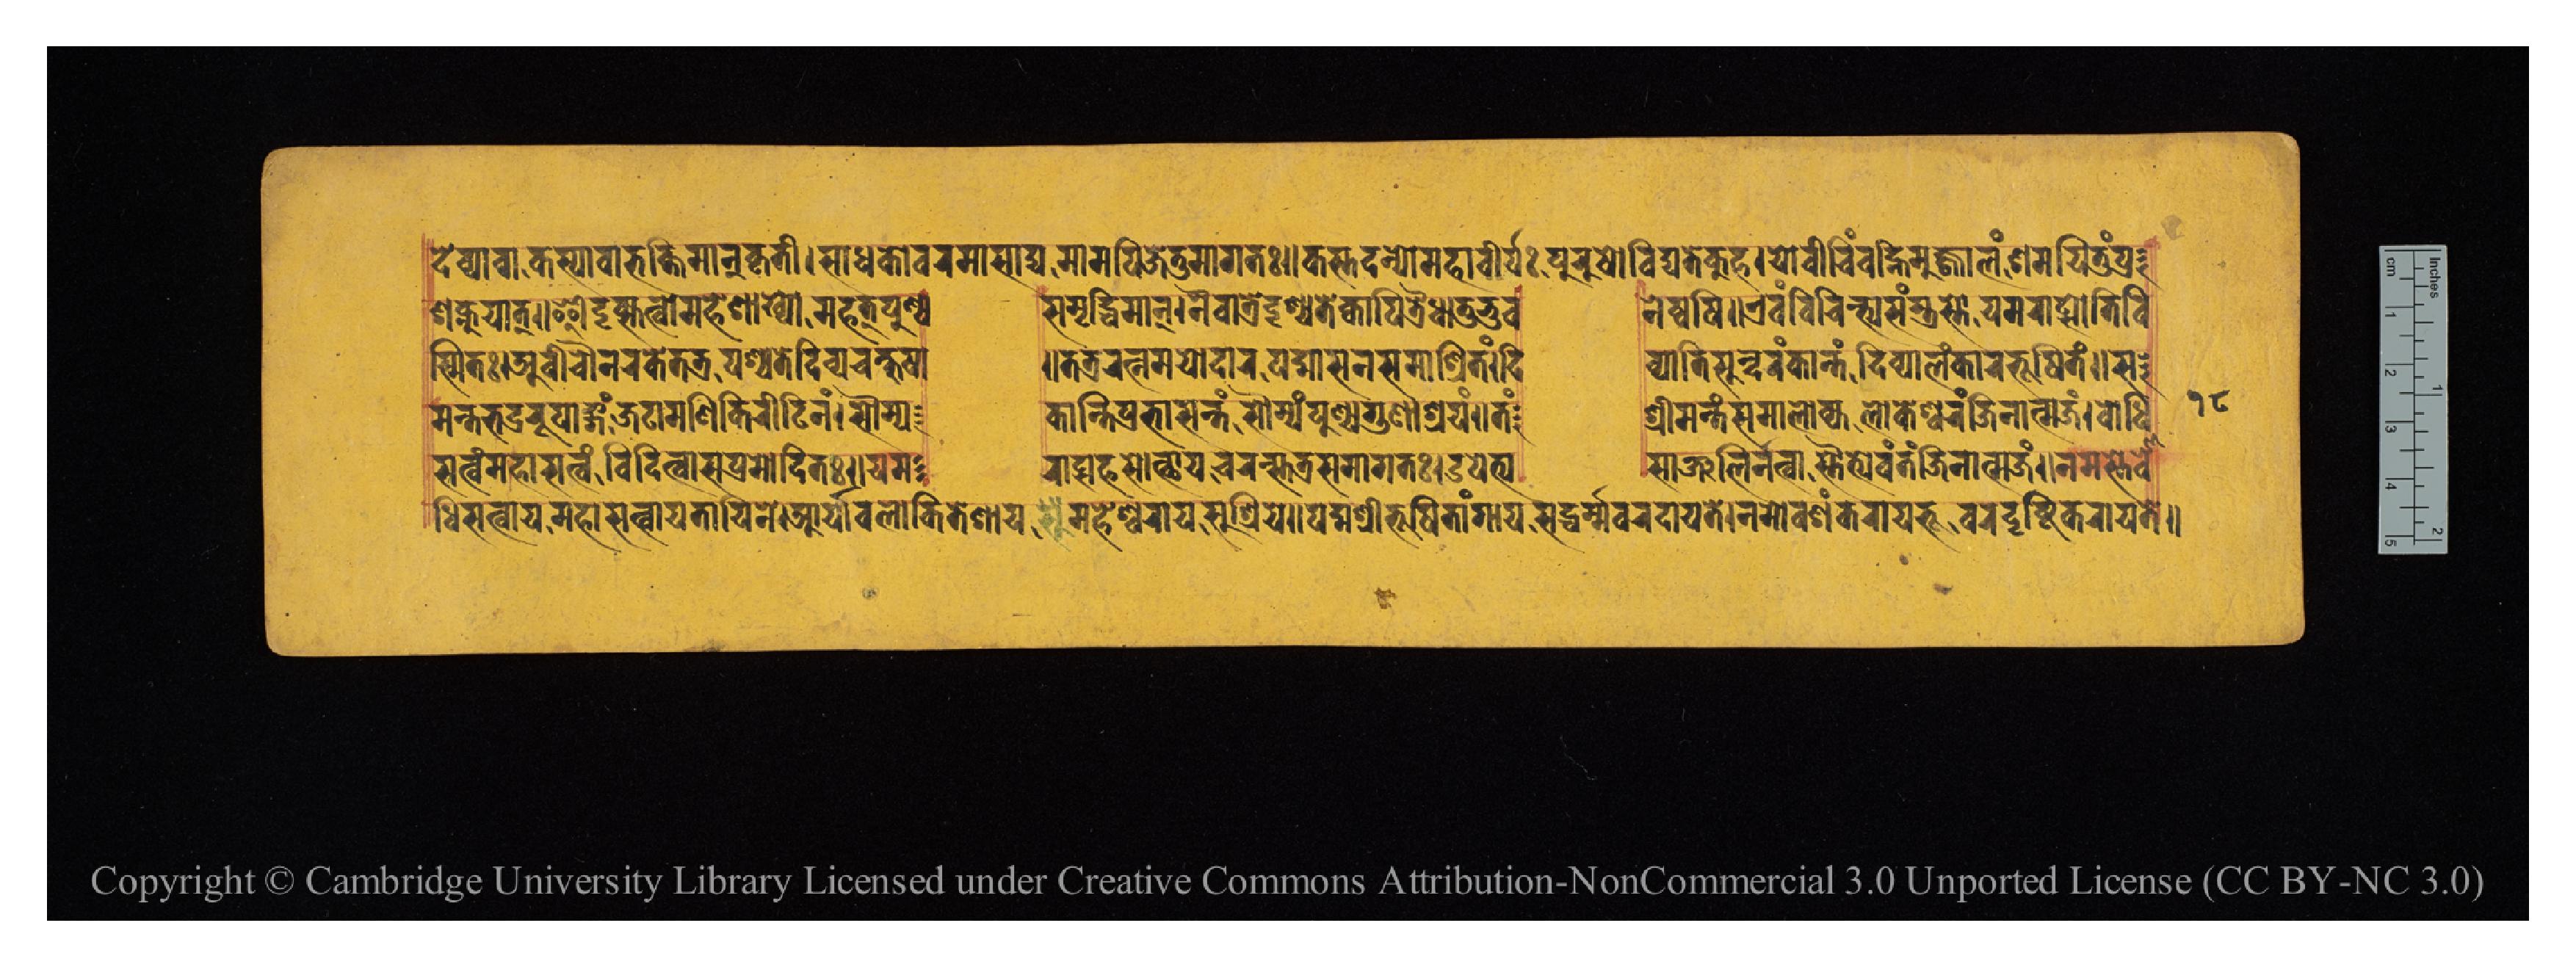
𑐡𑐾𑐰𑑂𑐫𑐵𑐰𑐵𑐎𑐳𑑂𑐫𑐵𑐰𑐵𑐨𑐎𑑂𑐟𑐶𑐩𑐵𑐣𑑂𑐎𑐺𑐟𑐷𑑋𑐳𑐵𑐢𑐎𑑀𑐰𑐬𑐩𑐵𑐳𑐵𑐡𑑂𑐫𑐩𑐵𑐩𑐥𑐶𑐖𑐾𑐟𑐸𑐩𑐵𑐐𑐟𑑅𑑌𑐎𑐳𑑂𑐟𑐡𑐣𑑂𑐫𑑀𑐩𑐴𑐵𑐰𑐷𑐬𑑂𑐫𑑅𑐥𑐸𑐬𑐸𑐲𑑀𑐰𑐶𑐡𑑂𑐫𑐟𑐾𑐎𑐸𑐴𑑋𑐫𑑀𑐰𑐷𑐔𑐶𑑄𑐰𑐴𑐶𑐣𑐩𑐸𑐖𑑂𑐖𑑂𑐰𑐵𑐮𑑄𑐱𑐩𑐫𑐶𑐟𑐸𑑄𑐥𑑂𑐬 𑐱𑐎𑑂𑐣𑐸𑐫𑐵𑐟𑑂𑑌𑐃𑐡𑐺𑐎𑑂𑐳𑐟𑑂𑐰𑑀𑐩𑐴𑐾𑐱𑐵𑐏𑑂𑐫𑑀𑐩𑐴𑐟𑑂𑐥𑐸𑐞𑑂𑐫  𑐳𑐩𑐺𑐡𑑂𑐢𑐶𑐩𑐵𑐣𑑂𑑋𑐣𑐿𑐰𑐵𑐟𑑂𑐬𑐡𑐺𑐱𑑂𑐫𑐟𑐾𑐎𑑂𑐰𑐵𑐥𑐶𑐟𑑂𑐬𑐿𑐢𑐵𑐟𑐸𑐨𑐸𑐰  𑐣𑐾𑐲𑑂𑐰𑐥𑐶𑑌𑐊𑐰𑑄𑐰𑐶𑐔𑐶𑐣𑑂𑐟𑑂𑐫𑐳𑐣𑑂𑐟𑑂𑐬𑐳𑑂𑐟𑑀𑐫𑐩𑐬𑐵𑐚𑑂𑐳𑑀𑐟𑐶𑐰𑐶 𑐳𑑂𑐩𑐶𑐟𑑅𑑋𑐀𑐰𑐷𑐔𑑁𑐣𑐬𑐎𑐾𑐟𑐟𑑂𑐬𑐥𑐱𑑂𑐔𑐟𑐾𑐡𑐶𑐰𑑂𑐫𑐔𑐎𑑂𑐲𑐸𑐲𑐵  𑑌𑐟𑐟𑑂𑐬𑐬𑐟𑑂𑐣𑐫𑑀𑐡𑐵𑐬𑐥𑐡𑑂𑐩𑐵𑐳𑐣𑐳𑐩𑐵𑐱𑑂𑐬𑐶𑐟𑑄𑑋𑐡𑐶  𑐰𑑂𑐫𑐵𑐟𑐶𑐳𑐸𑐣𑑂𑐡𑐬𑑄𑐎𑐵𑐣𑑂𑐟𑑄𑐡𑐶𑐰𑑂𑐫𑐵𑐮𑑄𑐎𑐵𑐬𑐨𑐹𑐲𑐶𑐟𑑄𑑌𑐳 𑐳𑐟𑑂𑐰𑑄𑐩𑐴𑐵𑐳𑐟𑑂𑐰𑑄𑐰𑐶𑐡𑐶𑐟𑑂𑐰𑐵𑐳𑐥𑑂𑐬𑐩𑑀𑐡𑐶𑐟𑑅𑑌𑐫𑐩  𑐬𑐵𑐚𑑂𑐳𑐴𑐳𑑀𑐟𑑂𑐠𑐵𑐫𑐟𑑂𑐰𑐬𑑄𑐳𑑂𑐟𑐟𑑂𑐬𑐳𑐩𑐵𑐐𑐟𑑅𑑋𑐄𑐫𑐾𑐟𑑂𑐫  𑐳𑐵𑐘𑑂𑐖𑐮𑐶𑐬𑑂𑐣𑐟𑑂𑐰𑐵𑐳𑑂𑐟𑑁𑐟𑑂𑐫𑐾𑐰𑑄𑐟𑑄𑐖𑐶𑐣𑐵𑐟𑑂𑐩𑐖𑑄𑑌𑐣𑐩𑐳𑑂𑐟𑐾𑐧𑑀 𑐩𑐣𑑂𑐟𑐨𑐡𑑂𑐬𑐬𑐸𑐥𑐵𑑄𑐐𑑄𑐖𑐚𑐵𑐩𑐞𑐶𑐎𑐶𑐬𑐷𑐚𑐶𑐣𑑄𑑋𑐳𑑁𑐩𑑂𑐫  𑐎𑐵𑐣𑑂𑐟𑐶𑐥𑑂𑐬𑐨𑐵𑐳𑐣𑑂𑐟𑑄𑐳𑑁𑐩𑑂𑐫𑑄𑐥𑐸𑐞𑑂𑐫𑐐𑐸𑐞𑐵𑐱𑑂𑐬𑐫𑑄𑑌𑐟𑑄  𑐱𑑂𑐬𑐷𑐩𑐣𑑂𑐟𑑄𑐳𑐩𑐵𑐮𑑀𑐎𑑂𑐫𑐮𑑀𑐎𑐾𑐱𑑂𑐰𑐬𑑄𑐖𑐶𑐣𑐵𑐟𑑂𑐩𑐖𑑄𑑋𑐧𑑀𑐢𑐶 𑐢𑐶𑐳𑐟𑑂𑐰𑐵𑐫𑐩𑐴𑐵𑐳𑐟𑑂𑐰𑐵𑐫𑐟𑐵𑐫𑐶𑐣𑐾𑑋𑐁𑐬𑑂𑐫𑐵𑐀𑐰𑐮𑑀𑐎𑐶𑐟𑐾𑐱𑐵𑐫𑐩𑐴𑐾𑐱𑑂𑐰𑐬𑐵𑐫𑐳𑐸𑐱𑑂𑐬𑐷𑐫𑐾𑑌𑐥𑐡𑑂𑐩𑐱𑑂𑐬𑐷𑐨𑐹𑐲𑐶𑐟𑐵𑑄𑐐𑐵𑐫𑐳𑐡𑑂𑐢𑐬𑑂𑐩𑑂𑐩𑐰𑐬𑐡𑐵𑐫𑐟𑐾𑑋𑐣𑐩𑑀𑐰𑑄𑐱𑐎𑐬𑐵𑐫𑐨𑐸𑐰𑐬𑐡𑐺𑐲𑑂𑐚𑐶𑐎𑐬𑐵𑐫𑐟𑐾𑑌 𑑑𑑘